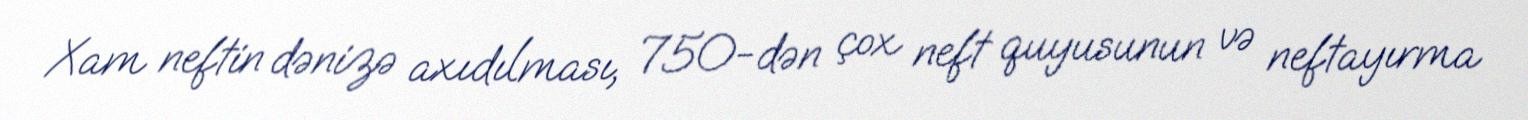
Xam neftin dənizə axıdılması, 750-dən çox neft quyusunun və neftayırma